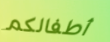
أطفالكم